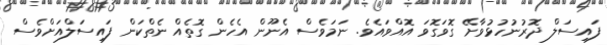
ފައިސަލް ދޮރުނުހުޅުވާށޭ ގޮވަގޮވަ އޮއްވައެވެ. ނަމަވެސް އެނޫން އެހެން ގޮތެއް ނެތްކަން ފައިސަލްއަށްވެސް